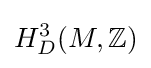
H_{D}^{3}(M,\mathbb {Z} )